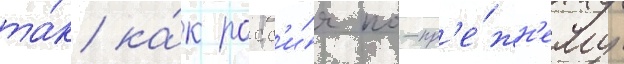
та́к ка́к росс'и́я по-пр'е́жн'ему